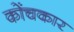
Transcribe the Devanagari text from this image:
कोंचकार